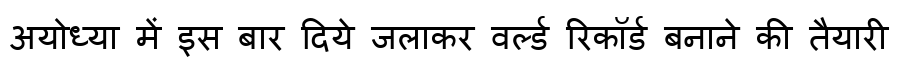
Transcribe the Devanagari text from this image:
अयोध्या में इस बार दिये जलाकर वर्ल्ड रिकॉर्ड बनाने की तैयारी